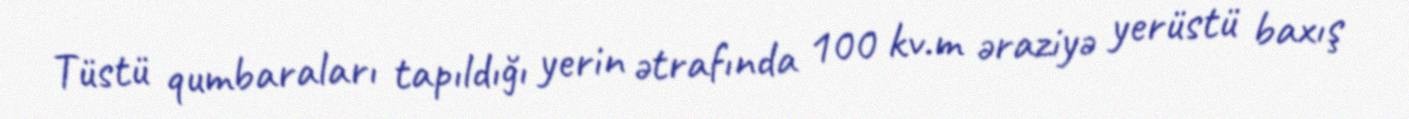
Tüstü qumbaraları tapıldığı yerin ətrafında 100 kv.m əraziyə yerüstü baxış